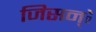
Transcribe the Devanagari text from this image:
जिसन्े